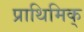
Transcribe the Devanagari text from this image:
प्राथिमिक्